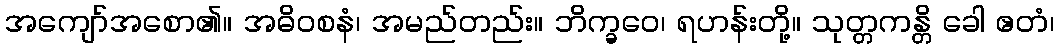
အကျော်အစော၏။ အဓိဝစနံ၊ အမည်တည်း။ ဘိက္ခဝေ၊ ရဟန်းတို့။ သုတ္တကန္တိ ခေါ ဧတံ၊